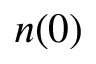
n ( 0 )